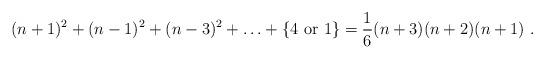
LaTeX: \begin{align*}(n+1)^2 + (n-1)^2 + (n-3)^2 + \ldots + \{ 4\ {\rm or}\ 1\} =\frac{1}{6}(n+3)(n+2)(n+1)\ .\end{align*}